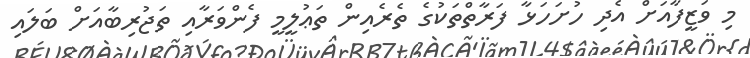
މި ވަޒީފާއަށް އެދި ހުށަހަޅާ ފަރާތްތަކުގެ ތެރެއިން ތަޢުލީމީ ފެންވަރާއި ތަޖުރިބާއަށް ބަލައި